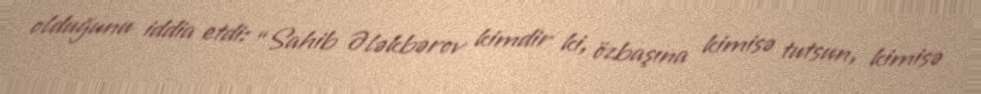
olduğunu iddia etdi: “Sahib Ələkbərov kimdir ki, özbaşına kimisə tutsun, kimisə